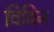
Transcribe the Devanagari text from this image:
विविन